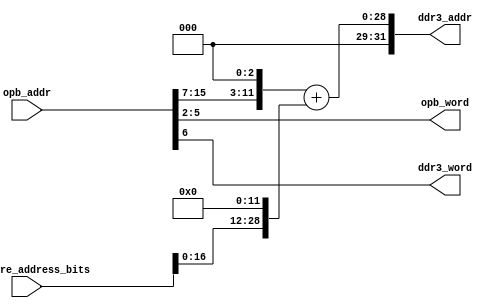
module opbaddr_2_Dnum_O9num(
    input  [31:0] software_address_bits,
    input  [31:0] opb_addr, //always multiple of 4
    output [31:0] ddr3_addr,
    output [3:0]  opb_word,
    output ddr3_word   //word 0 or 1, try BL8 addressing 
);

    /* opb_addr must be of the form
        [*] least sig 2 bits 00 (skip by 4 BYTES to preserve address space)
        [*] bits 2-5 = 4 bits count the O9 word, or which 32 bit chunk to grab from, so will only use decimal values 0 through 8 (so need 4 bits) = opb_word 
        [*] bits 6-31 = 26 bits for which 288 bit word desired (this will break into ddr3_addr and ddr3_word)
    */
     
    //declare inputs
    wire [31:0] opb_addr; //opb_addr will only be a multiple of 4
    // BL8 requires an address skip by 8 bits
    wire [31:0] software_address_bits; //do nothing with this yet
    
    //declare outputs
    reg [31:0] ddr3_addr; //25 bits, so only get through 2^25 bits of addr space
    reg [3:0]  opb_word; // 4 bits only, count O9_0 to O9_8 = 9
    reg ddr3_word;

    //declare internals
    
    // for each opb_addr, read a whole word
    always @ (*) begin
       opb_word = opb_addr[5:2]; // counts 0 to 9 opb words per ddr3 word
       /* we will use 17 bits of the software_adddress which will step through
       the (2^17-1) chunks of 2^15 Bytes in 4 GB for a total of 29 bits addressable
       space on the ddr3, as expected*/
       ddr3_addr = {3'b0,{17'b0,opb_addr[15:7],3'b0} + {software_address_bits[16:0],12'b0}};
       //ddr3_addr = {opb_addr[31:7],3'b0};  //must always be a multiple of 4, hence 2'b0 at end
       ddr3_word = opb_addr[6]; 
       //want 0,4,8,12,16,20,24,28,32,36,40,44,...,60,64,68 to map to D0_O0,D0_O1,D0_O2,D0_O3,D0_04,D0_05,D0_O6,D0_O7,D0_O8, <0>, <0>, <0>, ...,<0>, D1_O0,D1_O1,etc
       //
    end
endmodule